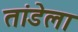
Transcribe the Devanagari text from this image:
तांडेला